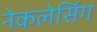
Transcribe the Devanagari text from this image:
नेकलेसिंग